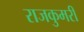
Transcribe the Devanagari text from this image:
राजकुमरी